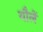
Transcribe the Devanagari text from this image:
यौलें